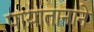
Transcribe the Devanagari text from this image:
पायातानाने